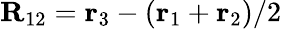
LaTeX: \mathbf{R}_{12}=\mathbf{r}_{3}-(\mathbf{r}_{1}+\mathbf{r}_{2})/2